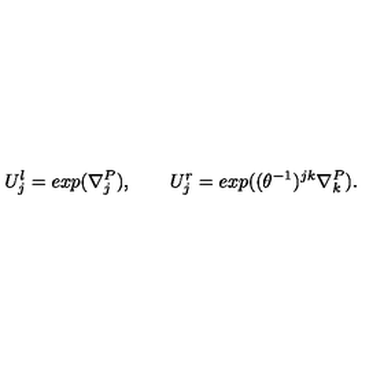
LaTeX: U _ { j } ^ { l } = e x p ( \nabla _ { j } ^ { P } ) , \qquad U _ { j } ^ { r } = e x p ( ( \theta ^ { - 1 } ) ^ { j k } \nabla _ { k } ^ { P } ) .